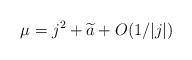
LaTeX: \begin{align*}\mu=j^2+\widetilde a+O(1/|j|)\end{align*}